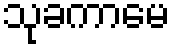
သုခကာမေ